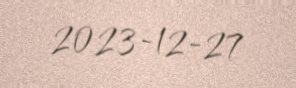
2023-12-27